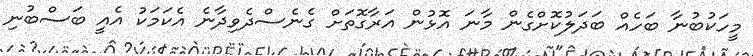
މީހަކުބުނާ ބަހެއް ބަދަލުކޮށްގެން މާނަ އޮޅުން އަރާގޮތަށް ގެނެސްދެވިދާނެ އެކަމަކު އެއީ ބަސްބުނި